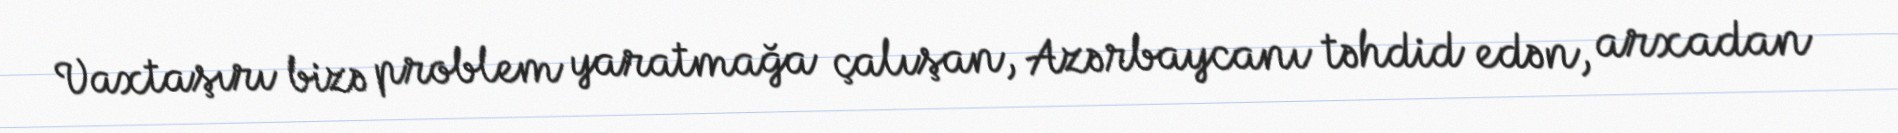
Vaxtaşırı bizə problem yaratmağa çalışan, Azərbaycanı təhdid edən, arxadan